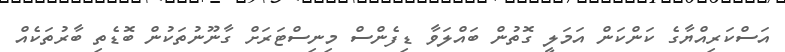
އަސްކަރިއްޔާގެ ކަންކަން އަމަލީ ގޮތުން ބައްލަވާ ޑިފެންސް މިނިސްޓަރަށް ގާނޫނުތަކުން ބޮޑެތި ބާރުތަކެއް